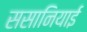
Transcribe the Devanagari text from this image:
ससानियाई